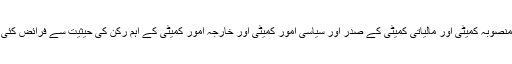
وہ مرکزی مجلس شوری کی منصوبہ کمیٹی اور مالیاتی کمیٹی کے صدر اور سیاسی امور کمیٹی اور خارجہ امور کمیٹی کے اہم رکن کی حیثیت سے فرائض کئی سال تک اداکرتے رہے تھے۔